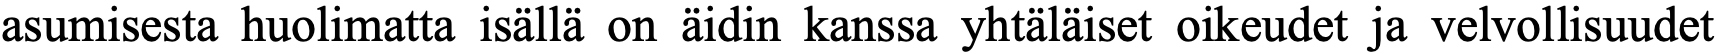
asumisesta huolimatta isällä on äidin kanssa yhtäläiset oikeudet ja velvollisuudet